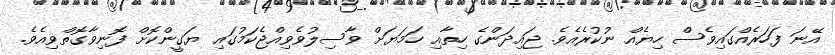
އޭނަ ފަހަރެއްގައިވެސް ހިޔެއް ނުކުރެއެވެ. ޖައިދަންގެ ހިތާއި ހަމަޔަށް ވާސިލުވެވިއްޖެކަމުގައި ޔަގީންކޮށް ފޮނިވާގޮތްވިއެވެ.